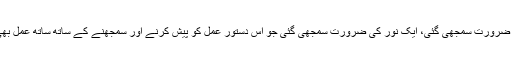
اس لئیے اس دستورِ عمل کے ساتھ ایک نقشہءِ عمل کی ضرورت سمجھی گئی، ایک نور کی ضرورت سمجھی گئی جو اس دستورِ عمل کو پیش کرنے اور سمجھنے کے ساتھ ساتھ عمل بھی کر کے دکھائیں کیونکہ علم عمل سے نمایاں ہوتا ہے۔